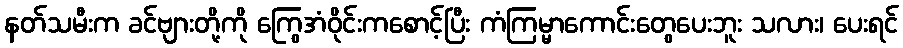
နတ်သမီးက ခင်ဗျားတို့ကို ကြွေအံဝိုင်းကစောင့်ပြီး ကံကြမ္မာကောင်းတွေပေးဘူး သလား၊ ပေးရင်